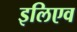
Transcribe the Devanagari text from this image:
इलिएव